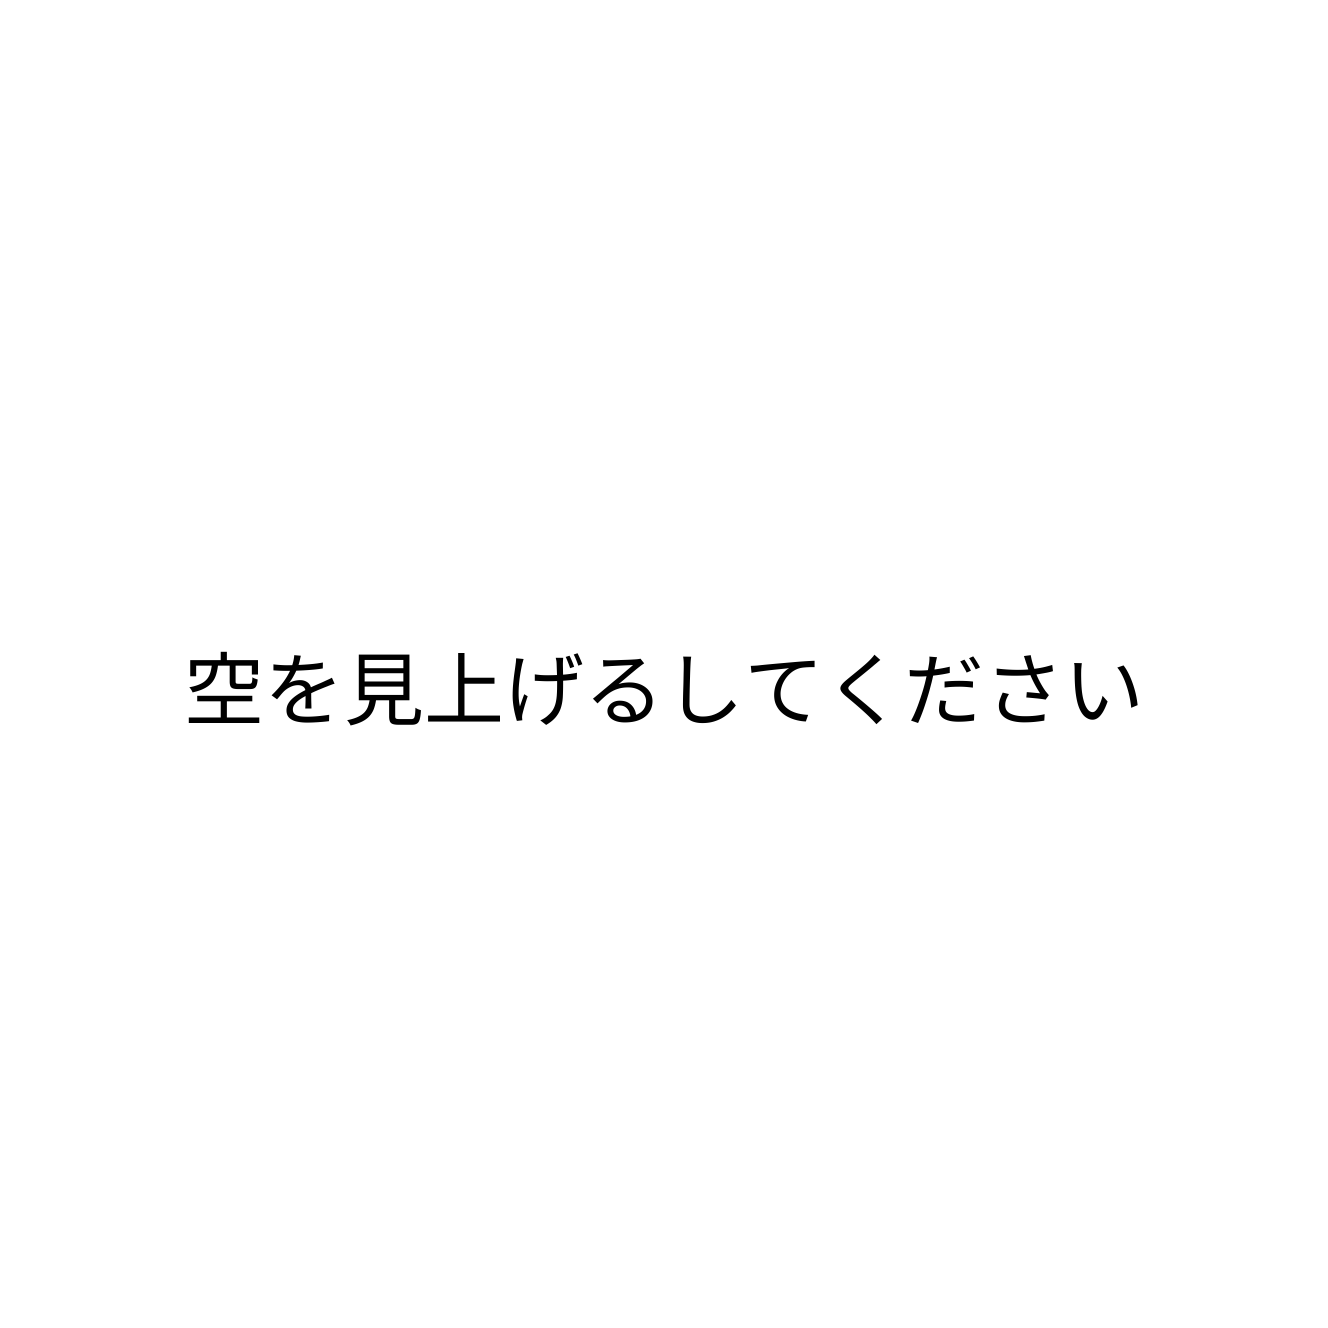
空を見上げるしてください